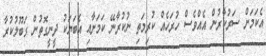
އެކަމަށް ސަރުކާރުން އެއްވެސް ހުރަހެއް ކުރިމަތި ނުކުރާނޭ ކަމަށާއި އެބަޔަކު ދީނީގޮތުން ގަބޫލުކުރާ